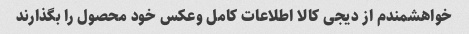
خواهشمندم از دیجی کالا اطلاعات کامل وعکس خود محصول را بگذارند